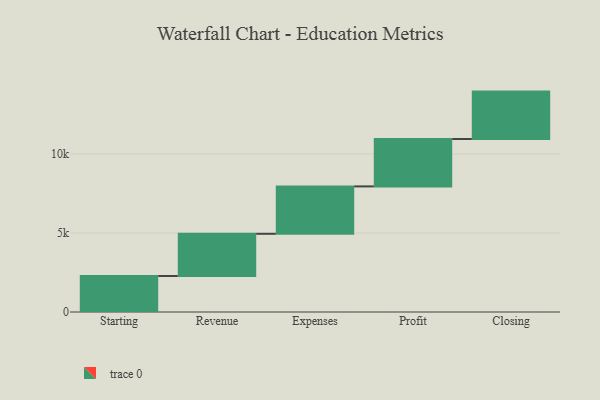
{"axis": {"x": "Step", "y": "Value"}, "legend": [""], "data": [{"x": "Starting", "y": 2280.0, "type": ""}, {"x": "Revenue", "y": 2669.0, "type": ""}, {"x": "Expenses", "y": 3000, "type": ""}, {"x": "Profit", "y": 3000, "type": ""}, {"x": "Closing", "y": 3000, "type": ""}]}